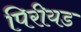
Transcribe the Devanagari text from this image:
पिरीयड